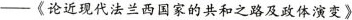
—《论近现代法兰西国家的共和之路及政体演变》